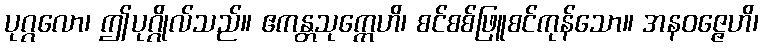
ပုဂ္ဂလော၊ ဤပုဂ္ဂိုလ်သည်။ ဧကန္တသုက္ကေဟိ၊ စင်စစ်ဖြူစင်ကုန်သော။ အနဝဇ္ဇေဟိ၊